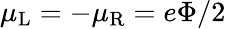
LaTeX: \mu_{\mathrm{L}}=-\mu_{\mathrm{R}}=e\Phi/2